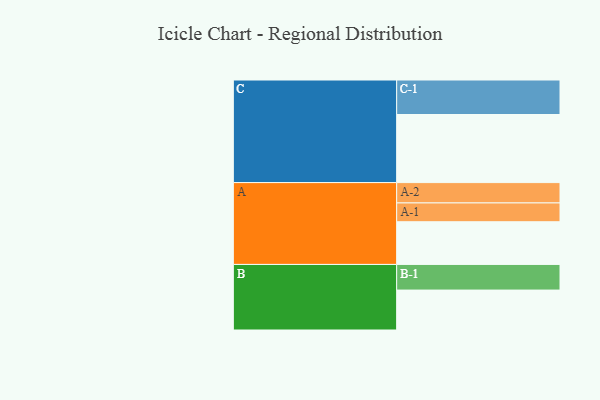
{"axis": {"x": "Segment", "y": "Value"}, "legend": ["", "A", "B", "C"], "data": [{"x": "A", "y": 370, "type": ""}, {"x": "B", "y": 346, "type": ""}, {"x": "C", "y": 590, "type": ""}, {"x": "A-1", "y": 163, "type": "A"}, {"x": "A-2", "y": 176, "type": "A"}, {"x": "B-1", "y": 222, "type": "B"}, {"x": "C-1", "y": 299, "type": "C"}]}